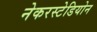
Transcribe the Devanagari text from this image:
नेकरस्टेडियोन